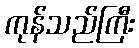
ကုန်သည်ကြီး